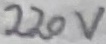
Text: 220V